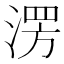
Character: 𣸤